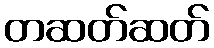
တဆတ်ဆတ်